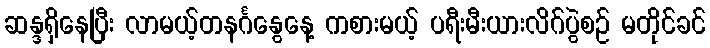
ဆန္ဒရှိနေပြီး လာမယ့်တနင်္ဂနွေနေ့ ကစားမယ့် ပရီးမီးယားလိဂ်ပွဲစဉ် မတိုင်ခင်